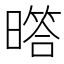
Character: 𱢩